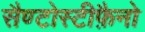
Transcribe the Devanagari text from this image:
सैण्टोस्टीफ़ैनो